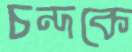
চন্দকে